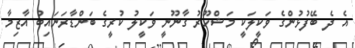
އެ ދެ ބޭފުޅުންގެ ވަކީލަކީ މަޝްހޫރު ގާނޫނީ ވަކީލު ކުރީގެ ބަންޑާރަނައިބު އާޒިމާ